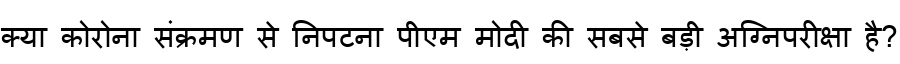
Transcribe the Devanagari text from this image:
क्या कोरोना संक्रमण से निपटना पीएम मोदी की सबसे बड़ी अग्निपरीक्षा है?